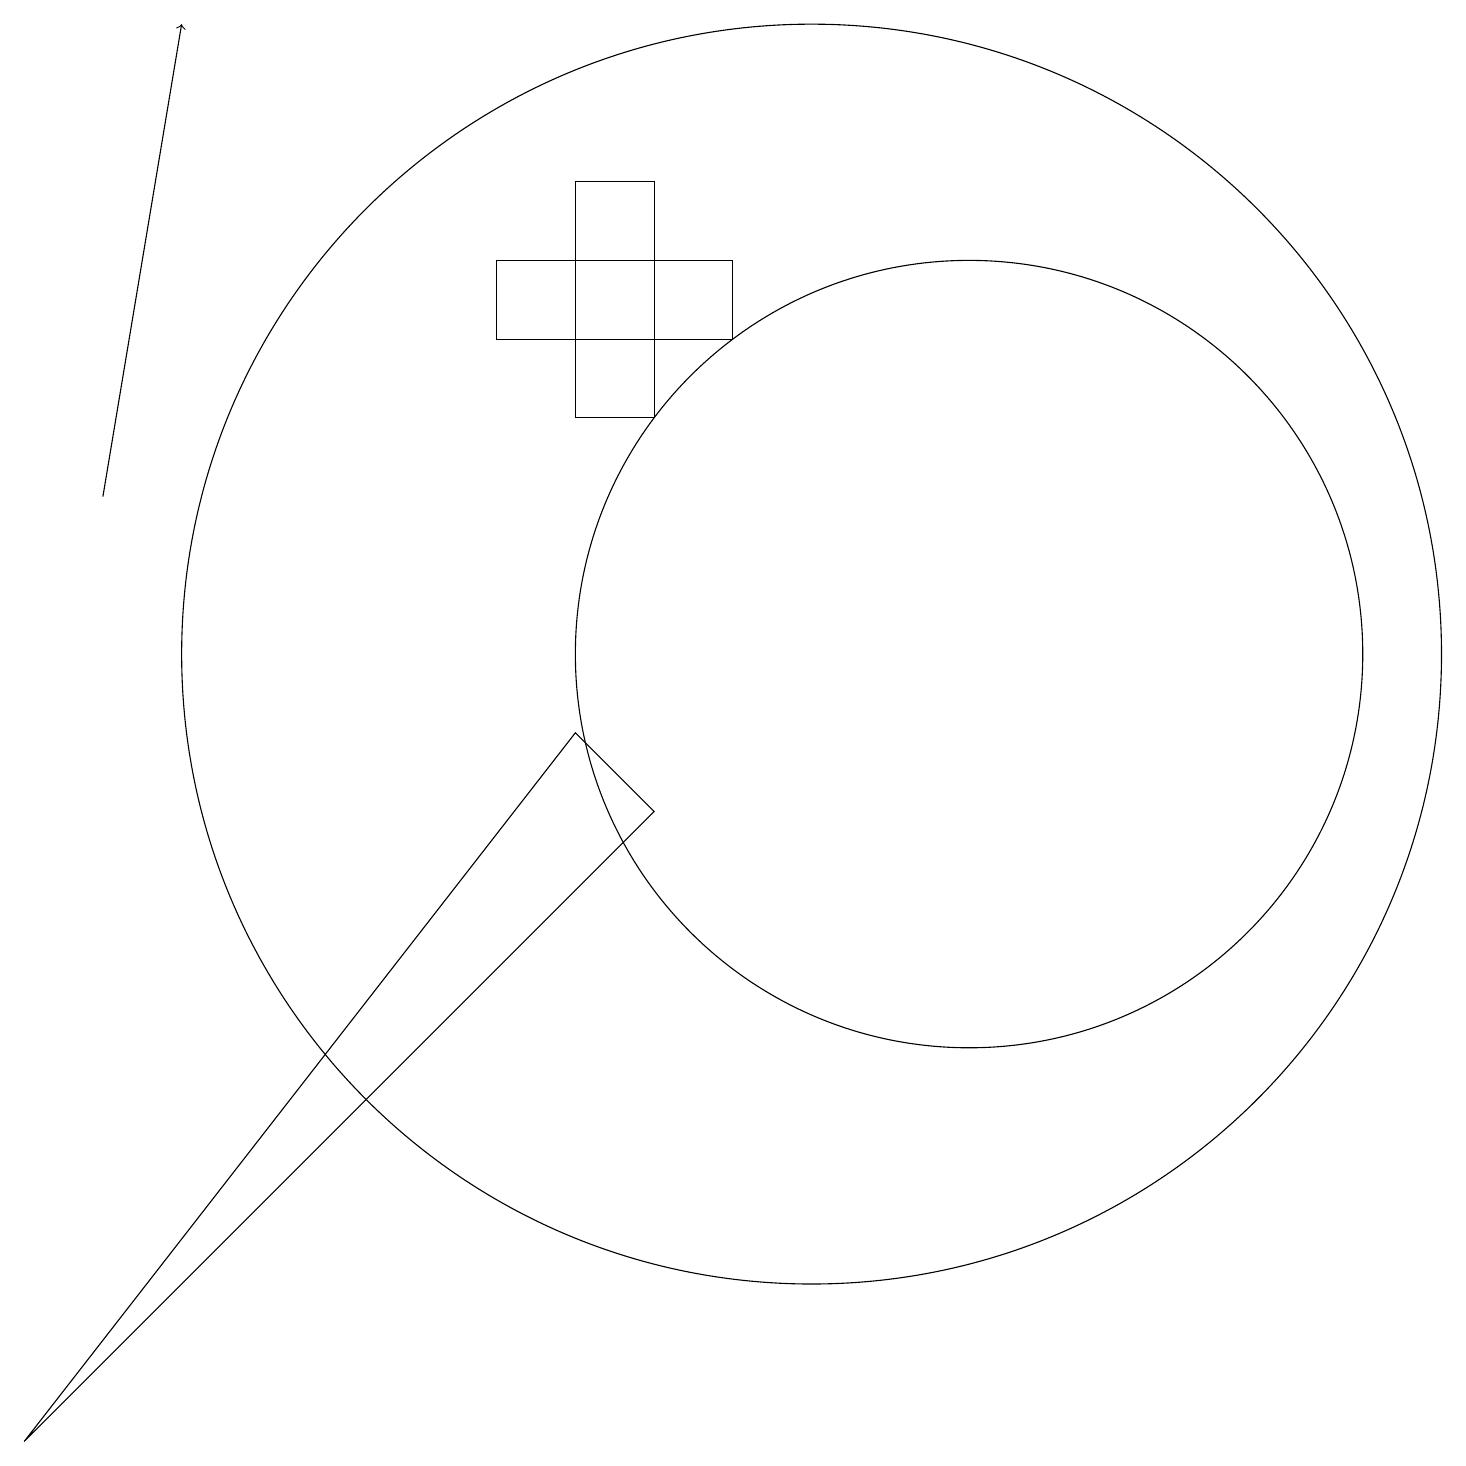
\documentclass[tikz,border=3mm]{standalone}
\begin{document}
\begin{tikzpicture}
\draw (9,15) rectangle (6,14);
\draw (10,10) circle (8);
\draw[->] (1,12) -- (2,18);
\draw (12,10) circle (5);
\draw (7,9) -- (0,0) -- (8,8) -- cycle;
\draw (7,13) rectangle (8,16);
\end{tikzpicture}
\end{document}